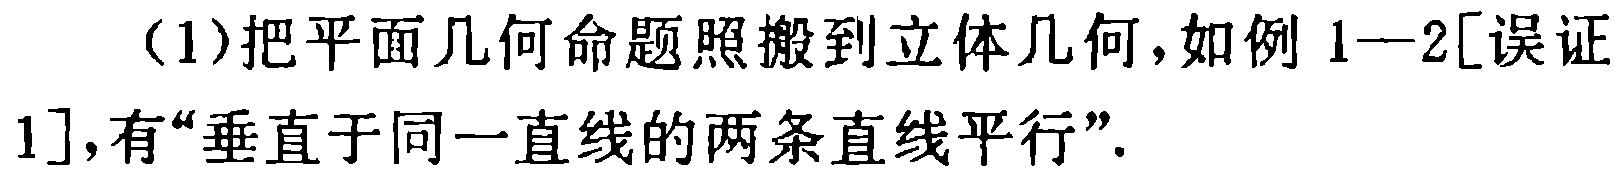
（1）把平面几何命题照搬到立体几何，如例 1—2[误证1]，有“垂直于同一直线的两条直线平行”.